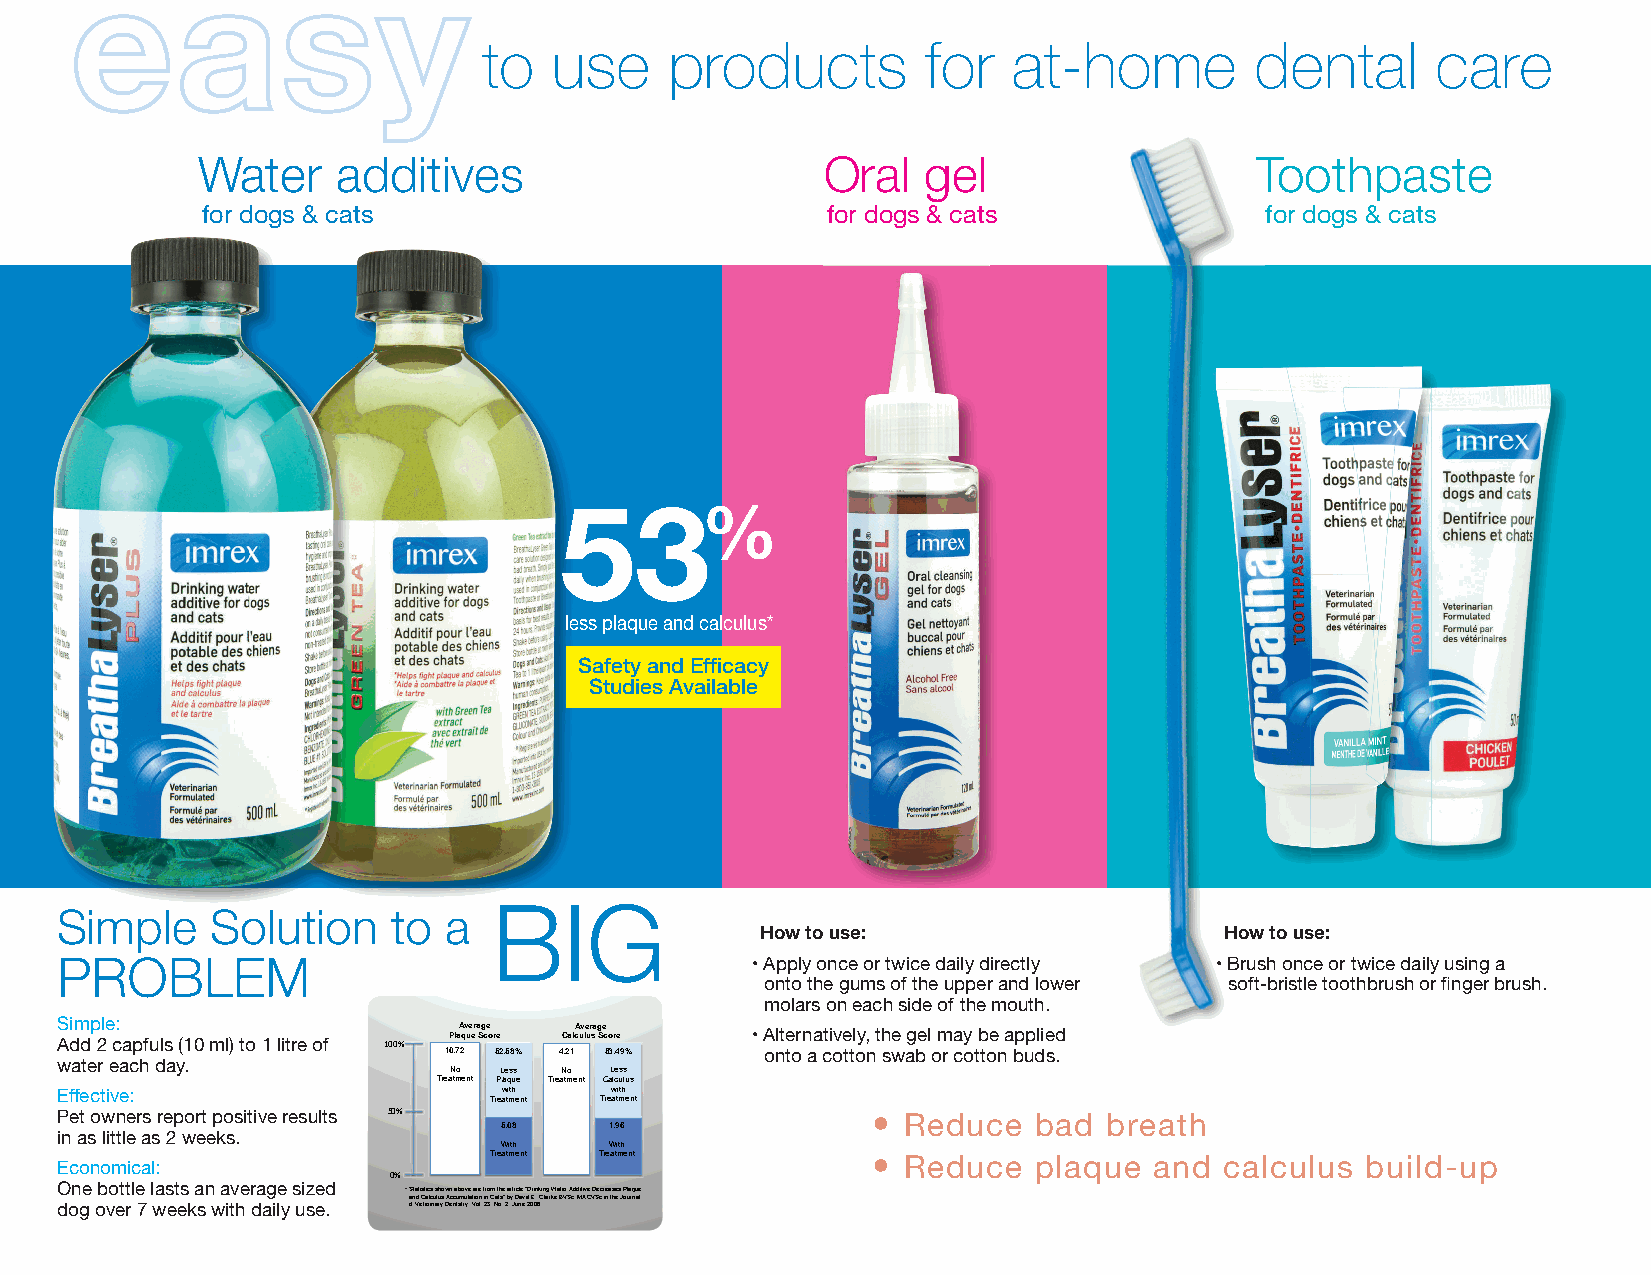
easy
 to   use    products         for   at-home         dental      care
 Water    additives                       Oral   gel                   Toothpaste
 for dogs & cats                           for dogs & cats              for dogs & cats
 53%
 less plaque and calculus*
 Safety and Effi cacy
 Studies Available
 BIG
 Simple    Solution    to a
 How to use:                    How to use:
 PROBLEM                                       • Apply once or twice daily directly • Brush once or twice daily using a
 2 capfuls a day, it’s just                   onto the gums of the upper and lower soft-bristle toothbrush or fi nger brush.
 that simple                                  molars on each side of the mouth.
 Simple:                   Average Average
 Plaque Score Calculus Score • Alternatively, the gel may be applied
 AddJ u2s tc aaddp 2fu clasp f(u1ls0 a mdaly) ttoo 1 1L olfit re of !""#$
 watderri nekiangc wha tdear.y. 10 N. o7 2 52 L. e5 s8 s% 4 N.2 o1 53 L. e4 s9 s% onto a cotton swab or cotton buds.
 Treatment Plaque Treatment Calculus
 Eff eI cng tr ie vd eie :nts: Trew ati mth e nt Trew ati mth e nt
 Pet Cohlworhnexeidrisne rGelupcoonartte :pAontsi-imtiicvroeb iarlesults %"#$ • Reduce bad breath
 5.08   1.96
 in aZsi nlci tGtllueco naaste :2B rweateh efrkessh.e n er With With
 Treatment Treatment       • Reduce   plaque and  calculus build-up
 EcoEnmoilgmasei:cEanzl:yme for plaque prevention
 "#$
 OneX yblitoolt:tSlewe eltansert asn da pnlaq uaev perervaengtioen sized *Statistics shown above are from the article “Drinking Water Additive Decreases Plaque
 and Calculus Accumulation in Cats” by David E. Clarke BVSc, MACVSc in the Journal
 dog over 7 weeks with daily use. of Veterinary Dentistry, Vol. 23, No. 2, June 2006.
 Xylitol is safe to use in dogs and
 cats**. Follow the label directions
 for dosage administration.
 *Clarke, DE “Drinking water
 **Anthony, J “Blood Glucose and Liver additive decreases plaque and
 Function in Dogs Administered a Xylitol calculus accumulation in cats”
 Water Additive at Zero, One and Five JVetDen 2006; 23(2)
 times Dosage Rates” VSD 2011; 1:e2
 BIG     PROBLEM
 Simple Solution To A
 53%less
 plaque and
 calculus*